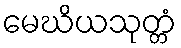
မေဃိယသုတ္တံ